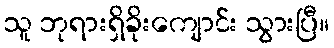
သူ ဘုရားရှိခိုးကျောင်း သွားပြီ။